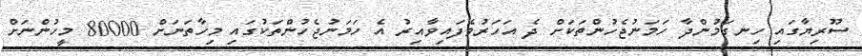
ސޫރިޔާގައި ހިނގަމުންދާ ހަމަނުޖެހުންތަކަށް ދެ އަހަރުވެފައިވާއިރު އެ ހަމަނުޖެހުންތަކުގައި މިހާތަނަށް 80000 މީހުންނަށް